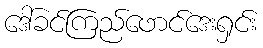
ဒေါ်ခင်ကြည်ဖောင်ဒေးရှင်း